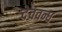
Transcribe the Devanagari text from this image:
देववन्ध